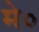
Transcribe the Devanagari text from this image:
मे०